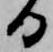
日